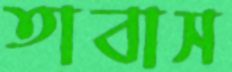
তাবাস